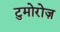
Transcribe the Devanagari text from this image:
टुमोरोज़